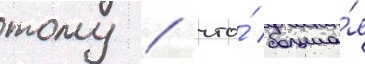
тому / что́ больша́я